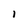
Character: l